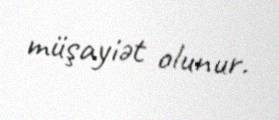
müşayiət olunur.